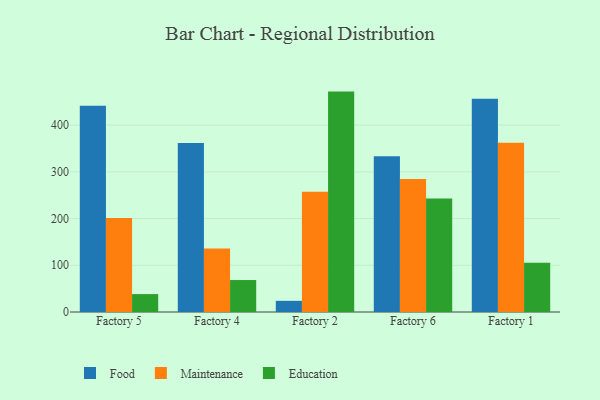
{"axis": {"x": "Factory", "y": "Latency (ms)"}, "legend": ["Education", "Food", "Maintenance"], "data": [{"x": "Factory 5", "y": 441.6, "type": "Food"}, {"x": "Factory 5", "y": 201.2, "type": "Maintenance"}, {"x": "Factory 5", "y": 38.3, "type": "Education"}, {"x": "Factory 4", "y": 361.9, "type": "Food"}, {"x": "Factory 4", "y": 135.7, "type": "Maintenance"}, {"x": "Factory 4", "y": 68.4, "type": "Education"}, {"x": "Factory 2", "y": 23.9, "type": "Food"}, {"x": "Factory 2", "y": 257.4, "type": "Maintenance"}, {"x": "Factory 2", "y": 471.7, "type": "Education"}, {"x": "Factory 6", "y": 333.5, "type": "Food"}, {"x": "Factory 6", "y": 284.6, "type": "Maintenance"}, {"x": "Factory 6", "y": 242.7, "type": "Education"}, {"x": "Factory 1", "y": 456.5, "type": "Food"}, {"x": "Factory 1", "y": 362.0, "type": "Maintenance"}, {"x": "Factory 1", "y": 105.5, "type": "Education"}]}